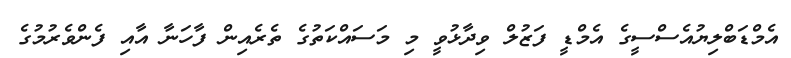
އެމްޑަބްލިޔުއެސްސީގެ އެމްޑީ ފަޒުލް ވިދާޅުވީ މި މަސައްކަތުގެ ތެރެއިން ފާހަނާ އާއި ފެންވެރުމުގެ